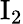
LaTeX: \mathrm{I}_{2}